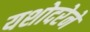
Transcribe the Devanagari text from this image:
यशोदरेने